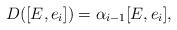
LaTeX: \begin{align*}D([E,e_i]) = \alpha_{i-1} [E, e_i],\end{align*}